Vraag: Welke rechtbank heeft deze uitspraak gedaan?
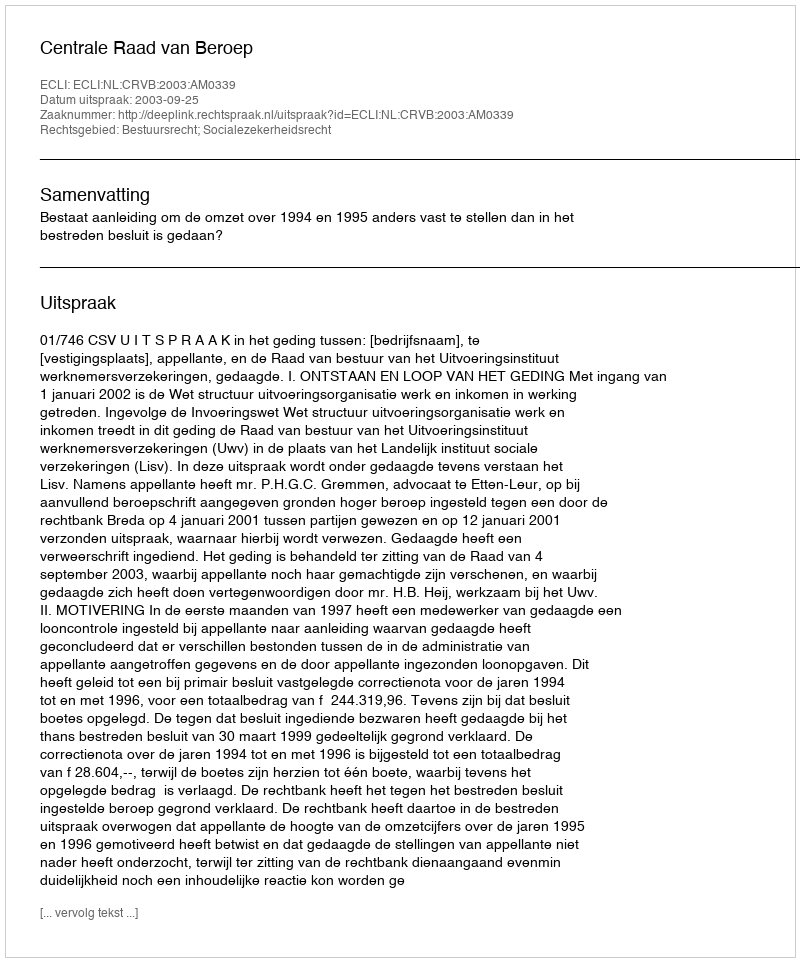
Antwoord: Centrale Raad van Beroep